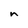
Character: n